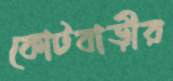
কোটবাড়ীর